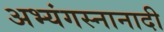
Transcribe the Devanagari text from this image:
अभ्यंगस्नानादी